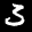
Label: 3